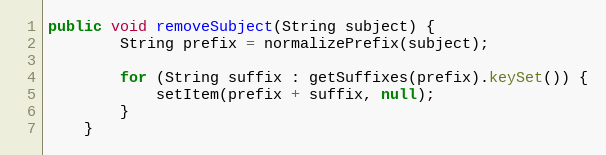
Language: Java
public void removeSubject(String subject) {
        String prefix = normalizePrefix(subject);

        for (String suffix : getSuffixes(prefix).keySet()) {
            setItem(prefix + suffix, null);
        }
    }